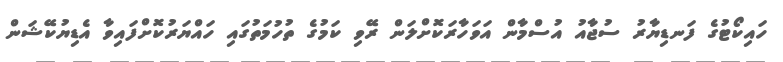
ހައިކޯޓުގެ ފަނޑިޔާރު ސުޖާއު އުސްމާން އަވަހާރަކޮށްލަން ރޭވި ކަމުގެ ތުހުމަތުގައި ހައްޔަރުކޮށްފައިވާ އެޑިޔުކޭޝަން